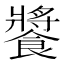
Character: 𩝫